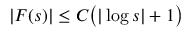
| F ( s ) | \le C \bigl ( | \log s | + 1 \bigr )